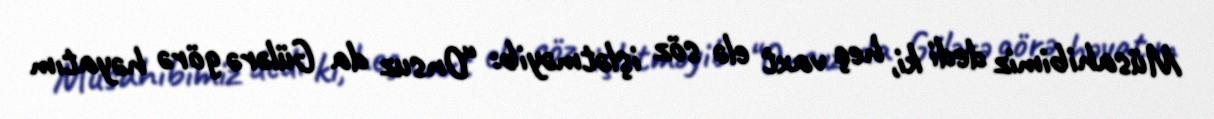
Müsahibimiz dedi ki, heç vaxt elə söz işlətməyib: “Onsuz da Gülərə görə həyatım